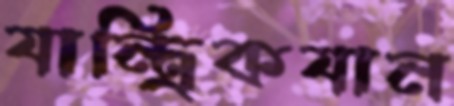
যান্ত্রিকযান